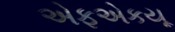
એફએકયૂ